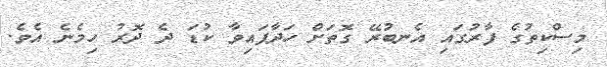
މިސްކިތުގެ ފާރުގައި އެނބުރޭ ގޮތަށް ހަދާފައިވާ ކުޑަ ދެ ދޮރު ހިމެނެ އެވެ.